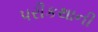
પરીકથાની